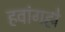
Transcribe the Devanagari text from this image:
हवांगहो